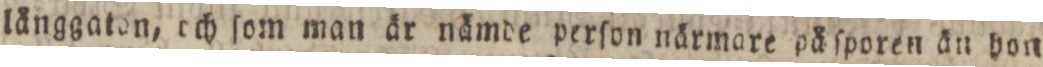
långgaton, och ſom man är nämde perſon närmare påſporen än hon